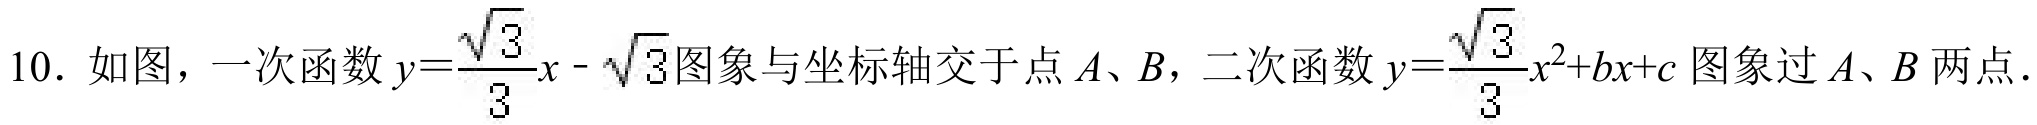
10. 如图，一次函数\(y = \frac{\sqrt{3}}{3}x - \sqrt{3}\)图象与坐标轴交于点\(A\)、\(B\)，二次函数\(y = \frac{\sqrt{3}}{3}x^{2}+bx + c\)图象过\(A\)、\(B\)两点.